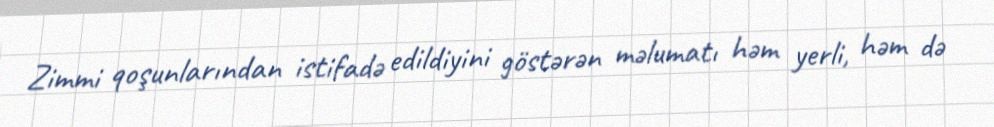
Zimmi qoşunlarından istifadə edildiyini göstərən məlumatı həm yerli, həm də